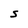
Character: S